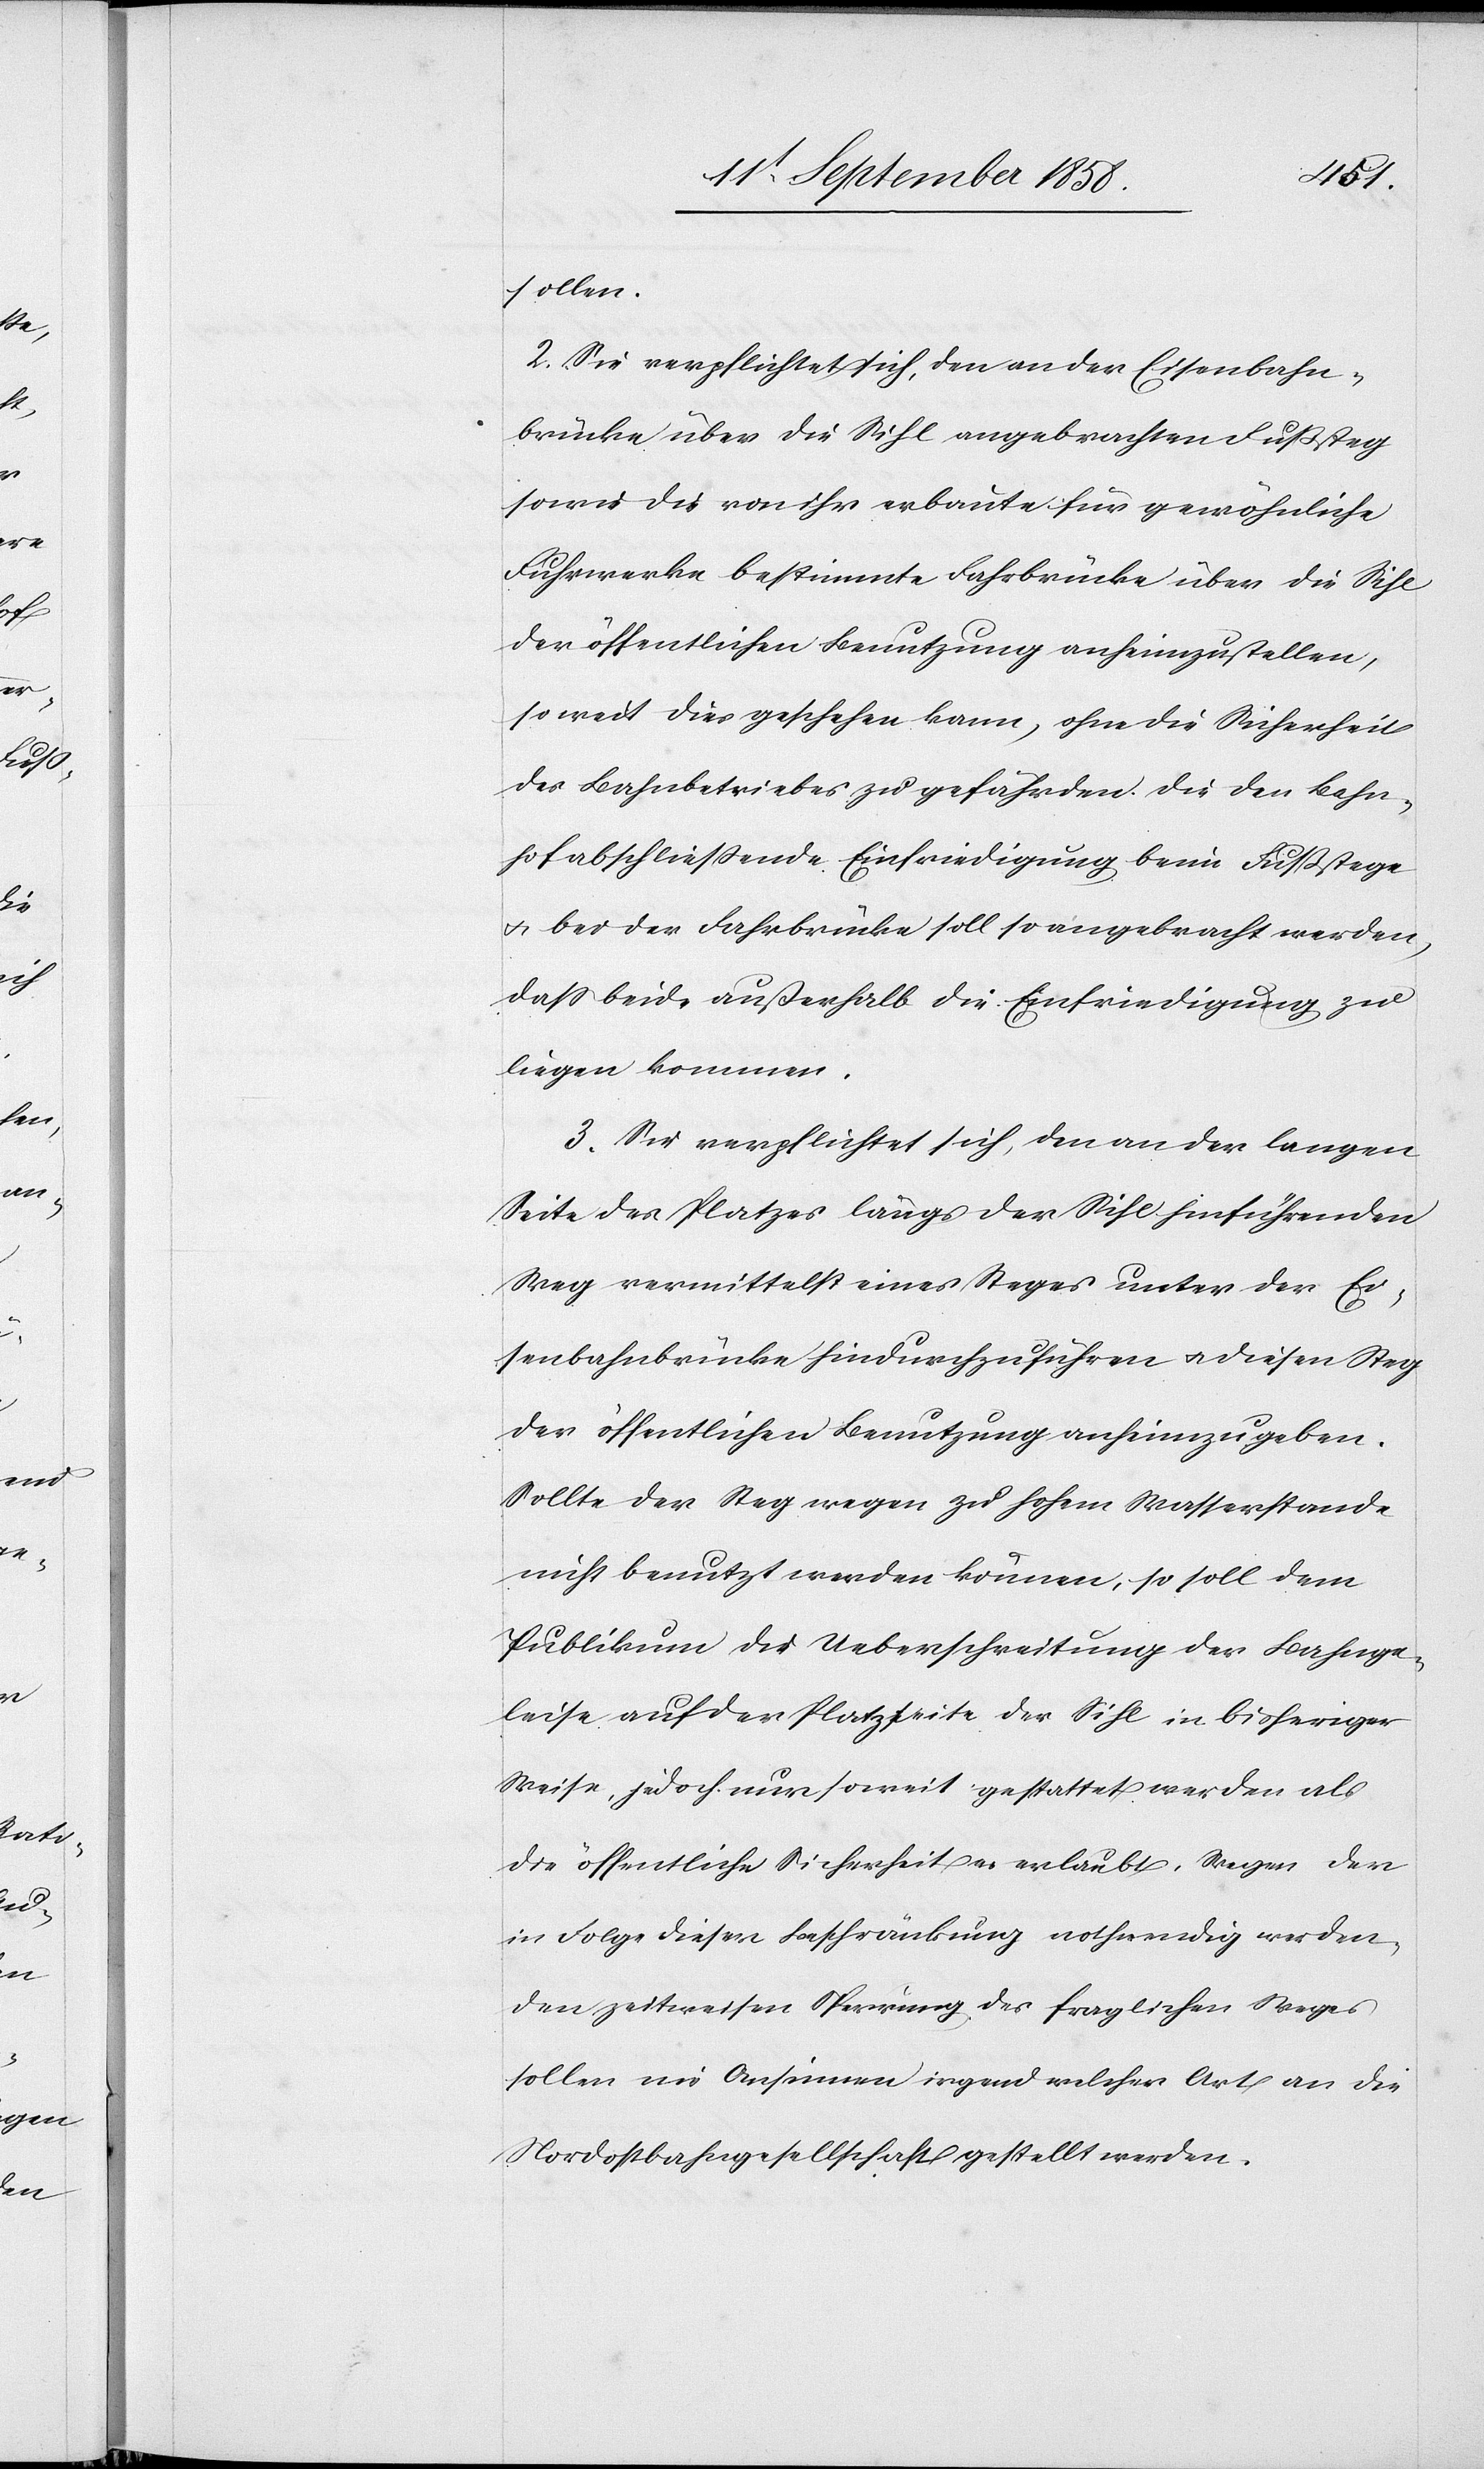
sollen.
2. Sie verpflichtet sich, den an der Eisenbahn¬
brücke über die Sihl angebrachten Fußsteg
sowie die von ihr erbaute für gewöhnliche
Fuhrwerke bestimmte Fahrbrücke über die Sihl
der öffentlichen Benutzung anheimzustellen,
so weit dies geschehen kann, ohne die Sicherheit
des Bahnbetriebes zu gefährden. Die den Bahn¬
hof abschließende Einfriedigung beim Fußstege
& bei der Fahrbrücke soll so angebracht werden,
dass beide außerhalb die Einfriedigung zu
liegen kommen.
3. Sie verpflichtet sich, den an der langen
Seite des Platzes längs der Sihl hinführenden
Weg vermittelst eines Steges unter der Ei¬
senbahnbrücke hindurchzuführen & diesen Steg
der öffentlichen Benutzung anheimzugeben.
Sollte der Weg wegen zu hohem Wasserstande
nicht benutzt werden können, so soll dem
Publikum die Ueberschreitung der Bahnge¬
leise auf der Platzseite der Sihl in bisheriger
Weise, jedoch nur soweit gestattet werden als
die öffentliche Sicherheit es erlaubt. Wegen der
in Folge dieser Beschränkung nothwendig werden¬
den zeitweisen Sperrung des fraglichen Weges
sollen [?nie] Ansinnen irgend welcher Art an die
Nordostbahngesellschaft gestellt werden.